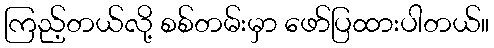
ကြည့်တယ်လို့ စစ်တမ်းမှာ ဖော်ပြထားပါတယ်။